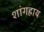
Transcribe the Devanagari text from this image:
शांगहाय